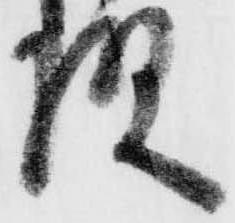
様